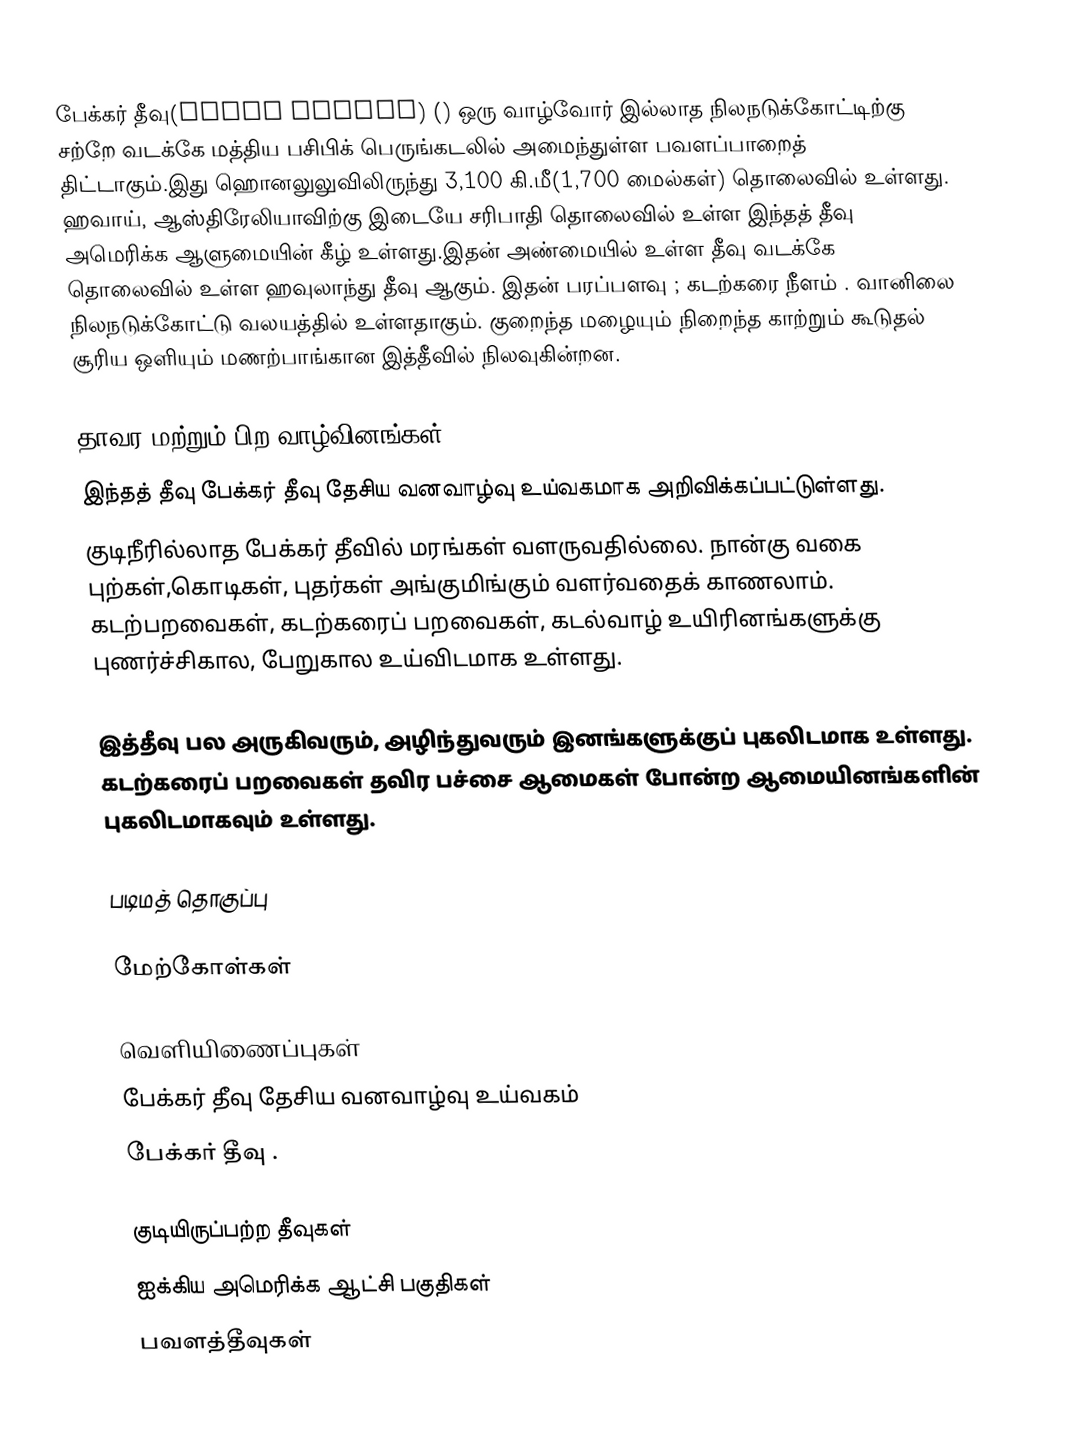
பேக்கர் தீவு(Baker Island) () ஒரு வாழ்வோர் இல்லாத நிலநடுக்கோட்டிற்கு சற்றே வடக்கே மத்திய பசிபிக் பெருங்கடலில் அமைந்துள்ள பவளப்பாறைத் திட்டாகும்.இது ஹொனலுலுவிலிருந்து 3,100 கி.மீ(1,700 மைல்கள்) தொலைவில் உள்ளது. ஹவாய், ஆஸ்திரேலியாவிற்கு இடையே சரிபாதி தொலைவில் உள்ள இந்தத் தீவு அமெரிக்க ஆளுமையின் கீழ் உள்ளது.இதன் அண்மையில் உள்ள தீவு வடக்கே  தொலைவில் உள்ள ஹவுலாந்து தீவு ஆகும். இதன் பரப்பளவு ; கடற்கரை நீளம் . வானிலை நிலநடுக்கோட்டு வலயத்தில் உள்ளதாகும். குறைந்த மழையும் நிறைந்த காற்றும் கூடுதல் சூரிய ஒளியும் மணற்பாங்கான இத்தீவில் நிலவுகின்றன.

தாவர மற்றும் பிற வாழ்வினங்கள்
இந்தத் தீவு பேக்கர் தீவு தேசிய வனவாழ்வு உய்வகமாக அறிவிக்கப்பட்டுள்ளது.
குடிநீரில்லாத பேக்கர் தீவில் மரங்கள் வளருவதில்லை. நான்கு வகை புற்கள்,கொடிகள், புதர்கள் அங்குமிங்கும் வளர்வதைக் காணலாம். கடற்பறவைகள், கடற்கரைப் பறவைகள், கடல்வாழ் உயிரினங்களுக்கு புணர்ச்சிகால, பேறுகால உய்விடமாக உள்ளது.

இத்தீவு பல அருகிவரும், அழிந்துவரும் இனங்களுக்குப் புகலிடமாக உள்ளது. கடற்கரைப் பறவைகள் தவிர பச்சை ஆமைகள் போன்ற ஆமையினங்களின் புகலிடமாகவும் உள்ளது.

படிமத் தொகுப்பு

மேற்கோள்கள்

வெளியிணைப்புகள்
 பேக்கர் தீவு தேசிய வனவாழ்வு உய்வகம்
 பேக்கர் தீவு .

குடியிருப்பற்ற தீவுகள்
ஐக்கிய அமெரிக்க ஆட்சி பகுதிகள்
பவளத்தீவுகள்